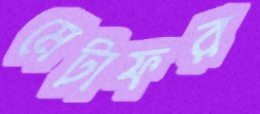
মেটাফর